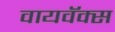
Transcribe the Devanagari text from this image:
वायवॅक्स